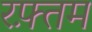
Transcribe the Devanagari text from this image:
रफ़्तम